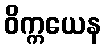
ဝိက္ကယေန